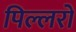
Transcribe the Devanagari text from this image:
पिल्लरों